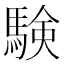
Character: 験